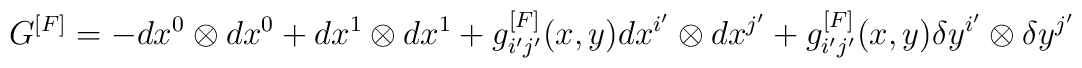
G^{[F]}=-dx^{0}\otimes dx^{0}+dx^{1}\otimes dx^{1}+g_{i^{\prime }j^{\prime}}^{[F]}(x,y)dx^{i^{\prime }}\otimes dx^{j^{\prime }}+g_{i^{\prime}j^{\prime }}^{[F]}(x,y)\delta y^{i^{\prime }}\otimes \delta y^{j^{\prime }}